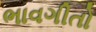
ભાવગીતો